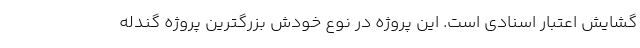
گشایش اعتبار اسنادی است. این پروژه در نوع خودش بزرگترین پروژه گندله